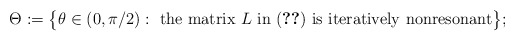
\begin{align*} \Theta := \big\{ \theta \in (0,\pi/2):\ {\rm the\ matrix}\ L\ {\rm in}\ (\ref{rot})\ {\rm is\ iteratively\ nonresonant} \big\};\end{align*}